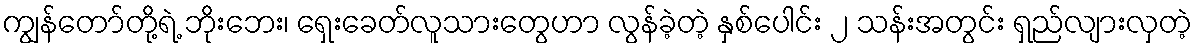
ကျွန်တော်တို့ရဲ့ ဘိုးဘေး၊ ရှေးခေတ်လူသားတွေဟာ လွန်ခဲ့တဲ့ နှစ်ပေါင်း ၂ သန်းအတွင်း ရှည်လျားလှတဲ့